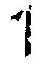
1